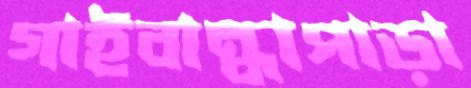
গাইবান্ধাপাড়া